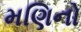
મણિનો